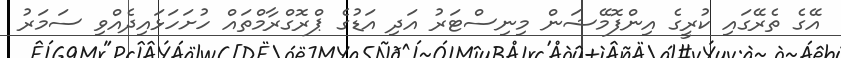
އޭގެ ތެރޭގައި ކުރީގެ އިންފޮމޭޝަން މިނިސްޓަރު އަދި އަޑުގެ ޕްރޮގްރާމްތައް ހުށަހަޅައިދެއްވި ސަމަރު